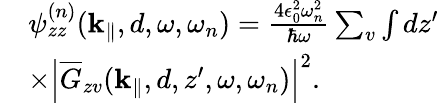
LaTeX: \begin{array}{rl}&{\psi_{zz}^{(n)}({{\mathbf k}_{\parallel}},d,\omega,\omega_{n})=\frac{4\epsilon_{0}^{2}\omega_{n}^{2}}{\hbar\omega}\sum_{v}\int dz^{\prime}}\\ &{\times\left|\overline{G}_{zv}({{\mathbf k}_{\parallel}},d,z^{\prime},\omega,\omega_{n})\right|^{2}.}\end{array}